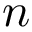
\boldsymbol { n }